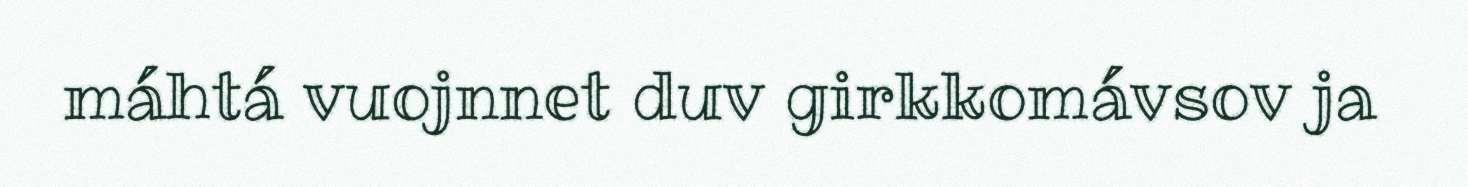
máhtá vuojnnet duv girkkomávsov ja